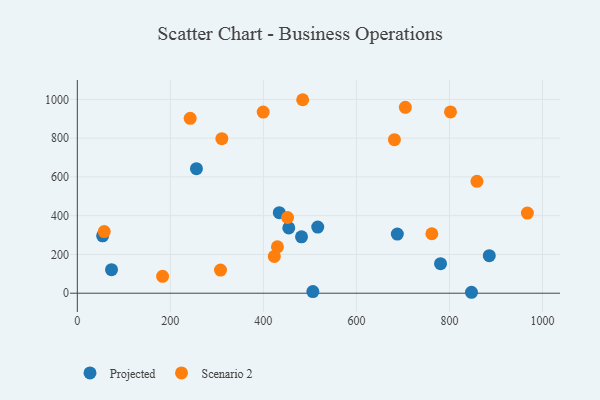
{"axis": {"x": "Investment", "y": "Exam Score"}, "legend": ["Projected", "Scenario 2"], "data": [{"x": "847.4", "y": 4.8, "type": "Projected"}, {"x": "73.5", "y": 121.5, "type": "Projected"}, {"x": "54.4", "y": 295.9, "type": "Projected"}, {"x": "885.7", "y": 193.6, "type": "Projected"}, {"x": "434.2", "y": 415.6, "type": "Projected"}, {"x": "780.9", "y": 152.2, "type": "Projected"}, {"x": "482.0", "y": 291.0, "type": "Projected"}, {"x": "454.6", "y": 336.7, "type": "Projected"}, {"x": "256.1", "y": 642.6, "type": "Projected"}, {"x": "688.0", "y": 305.0, "type": "Projected"}, {"x": "516.9", "y": 341.4, "type": "Projected"}, {"x": "506.4", "y": 8.2, "type": "Projected"}, {"x": "183.3", "y": 87.3, "type": "Scenario 2"}, {"x": "452.0", "y": 390.6, "type": "Scenario 2"}, {"x": "681.8", "y": 792.3, "type": "Scenario 2"}, {"x": "430.2", "y": 239.3, "type": "Scenario 2"}, {"x": "242.6", "y": 902.5, "type": "Scenario 2"}, {"x": "484.5", "y": 998.3, "type": "Scenario 2"}, {"x": "399.6", "y": 934.4, "type": "Scenario 2"}, {"x": "762.2", "y": 306.8, "type": "Scenario 2"}, {"x": "802.3", "y": 935.1, "type": "Scenario 2"}, {"x": "57.9", "y": 318.1, "type": "Scenario 2"}, {"x": "859.2", "y": 577.5, "type": "Scenario 2"}, {"x": "967.6", "y": 413.7, "type": "Scenario 2"}, {"x": "307.8", "y": 119.2, "type": "Scenario 2"}, {"x": "310.7", "y": 797.3, "type": "Scenario 2"}, {"x": "423.5", "y": 190.0, "type": "Scenario 2"}, {"x": "705.2", "y": 959.0, "type": "Scenario 2"}]}